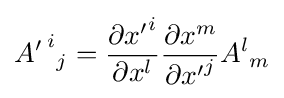
{A'\,}^{i}{}_{j}={\frac {\partial {x'}^{i}}{\partial x^{l}}}{\frac {\partial x^{m}}{\partial {x'}^{j}}}A^{l}{}_{m}